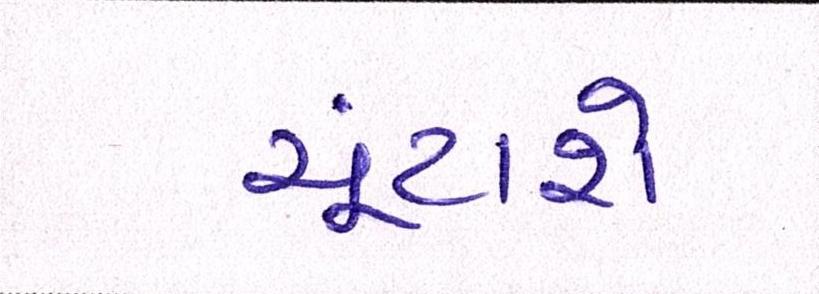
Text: ચૂંટાશે